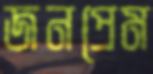
জনপ্রেম